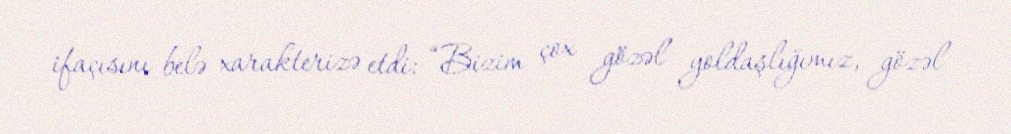
ifaçısını belə xarakterizə etdi: “Bizim çox gözəl yoldaşlığımız, gözəl